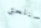
سنلحق